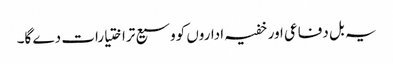
یہ بل دفاعی اور خفیہ اداروں کووسیع تراختیارات دے گا۔